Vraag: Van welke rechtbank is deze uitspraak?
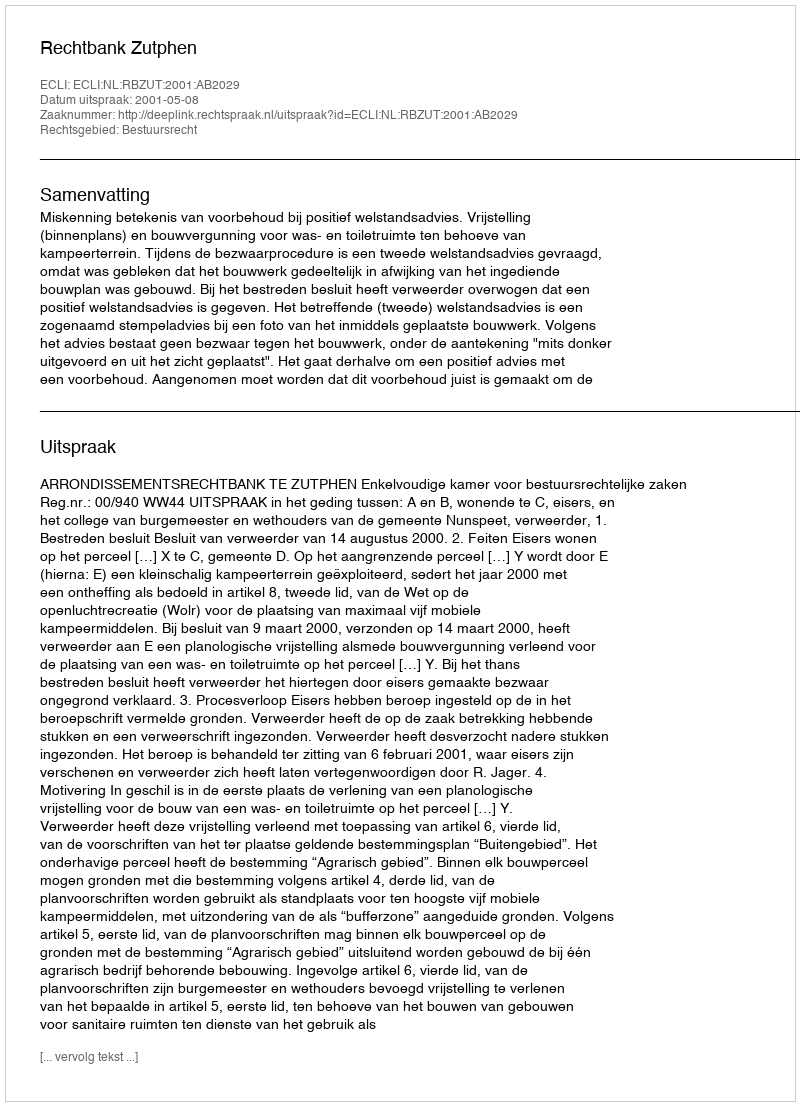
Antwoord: Rechtbank Zutphen